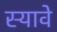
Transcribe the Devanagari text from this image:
स्यावे